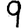
Digit: 9